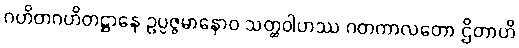
ဂဟိတဂဟိတဋ္ဌာနေ ဥပ္ပဇ္ဇမာနောဝ သတ္ထဝါဟဿ ဂတကာလတော ဌိတာဟိ